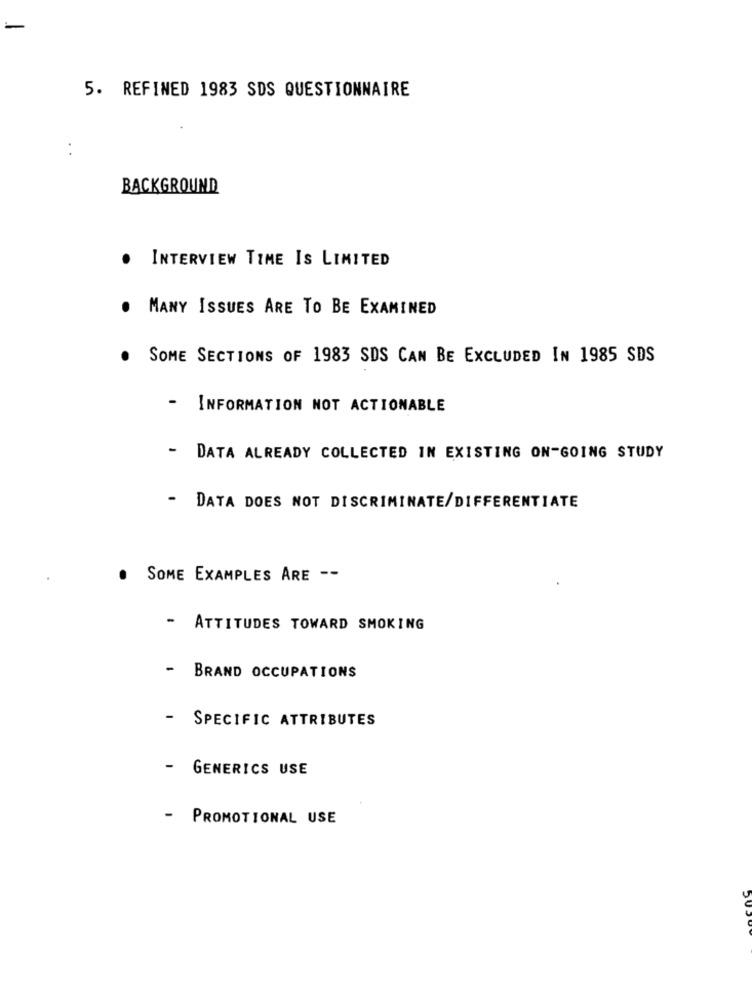
5. REFINED 1983 SDS QUESTIONNAIRE
BACKGROUND
· INTERVIEW TIME IS LIMITED
. MANY ISSUES ARE TO BE EXAMINED
. SOME SECTIONS OF 1983 SDS CAN BE EXCLUDED IN 1985 SDS
- INFORMATION NOT ACTIONABLE
DATA ALREADY COLLECTED IN EXISTING ON-GOING STUDY
-
DATA DOES NOT DISCRIMINATE/DIFFERENTIATE
. SOME EXAMPLES ARE --
- ATTITUDES TOWARD SMOKING
-
BRAND OCCUPATIONS
-
SPECIFIC ATTRIBUTES
-
GENERICS USE
-
PROMOTIONAL USE